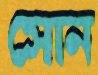
সোন